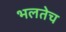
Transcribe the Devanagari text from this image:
भलतेच